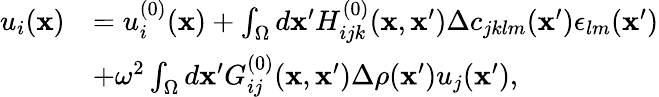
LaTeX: \begin{array}{rl}{u_{i}({\mathbf x})}&{=u_{i}^{(0)}({\mathbf x})+\int_{\Omega}d{\mathbf x}^{\prime}H_{ijk}^{(0)}({\mathbf x},{\mathbf x}^{\prime})\Delta c_{jklm}({\mathbf x}^{\prime})\epsilon_{lm}({\mathbf x}^{\prime})}\\ &{+\omega^{2}\int_{\Omega}d{\mathbf x}^{\prime}G_{ij}^{(0)}({\mathbf x},{\mathbf x}^{\prime})\Delta\rho({\mathbf x}^{\prime})u_{j}({\mathbf x}^{\prime}),}\end{array}